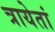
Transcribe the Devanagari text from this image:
त्रायेतां